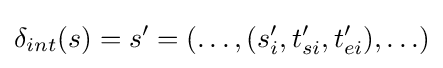
\delta _{int}(s)=s'=(\ldots ,(s_{i}',t_{si}',t_{ei}'),\ldots )